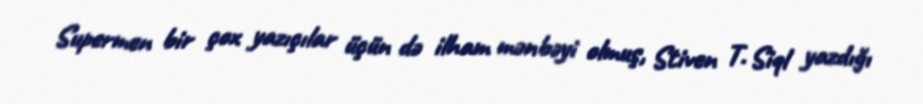
Supermen bir çox yazıçılar üçün də ilham mənbəyi olmuş, Stiven T. Siql yazdığı